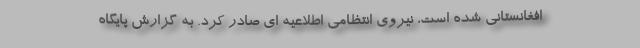
افغانستانی شده است، نیروی انتظامی اطلاعیه ای صادر کرد. به گزارش پایگاه